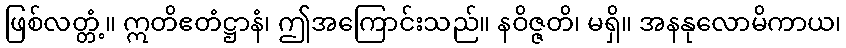
ဖြစ်လတ္တံ့။ ဣတိဧတံဋ္ဌာနံ၊ ဤအကြောင်းသည်။ နဝိဇ္ဇတိ၊ မရှိ။ အနနုလောမိကာယ၊